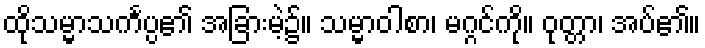
ထိုသမ္မာသင်္ကပ္ပ၏ အခြားမဲ့၌။ သမ္မာဝါစာ၊ မဂ္ဂင်ကို။ ဝုတ္တာ၊ အပ်၏။